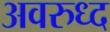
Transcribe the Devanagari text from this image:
अवरुध्द